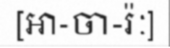
[អា-ចា-រ៉ៈ]